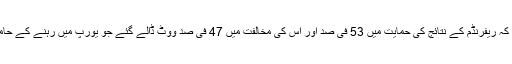
یاد رہے کہ ریفرنڈم کے نتائج کی حمایت میں 53 فی صد اور اس کی مخالفت میں 47 فی صد ووٹ ڈالے گئے جو یورپ میں رہنے کے حامی تھے۔